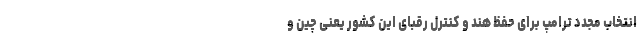
انتخاب مجدد ترامپ برای حفظ هند و کنترل رقبای این کشور یعنی چین و